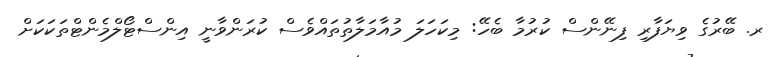
ރ. ބޭރުގެ ވިޔަފާރި ފިނޭންސް ކުރުމާ ބެހޭ: މިކަހަލަ މުއާމަލާތުތައްވެސް ކުރަންވާނީ އިންސްޓޯލްމެންޓްތަކަކަށް